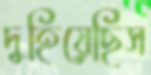
দুহিয়েছিস